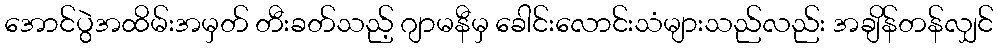
အောင်ပွဲအထိမ်းအမှတ် တီးခတ်သည့် ဂျာမနီမှ ခေါင်းလောင်းသံများသည်လည်း အချိန်တန်လျှင်